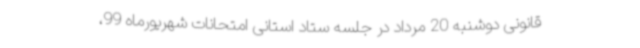
قانونی دوشنبه 20 مرداد در جلسه ستاد استانی امتحانات شهریورماه 99،